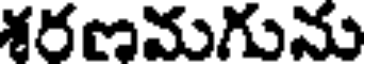
శరణమగును